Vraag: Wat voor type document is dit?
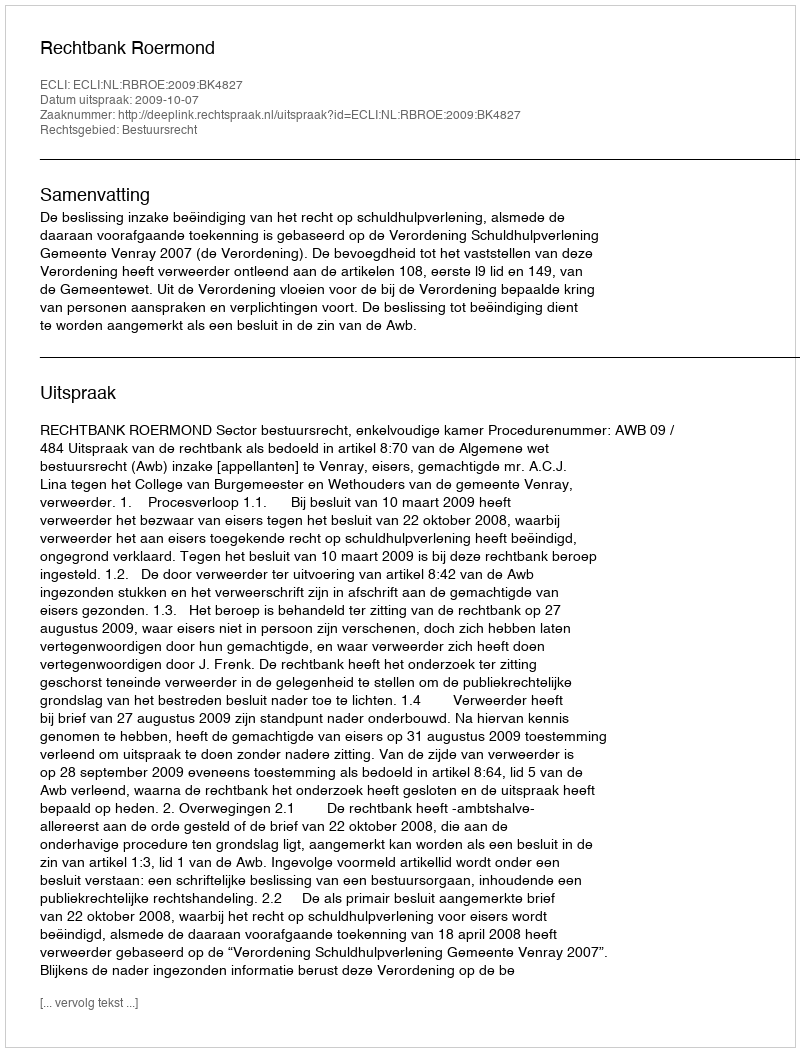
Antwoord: Uitspraak